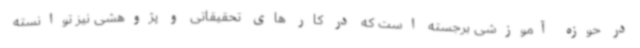
در حوزه آموزشی برجسته است که در کار های تحقیقاتی و پژوهشی نیز توانسته